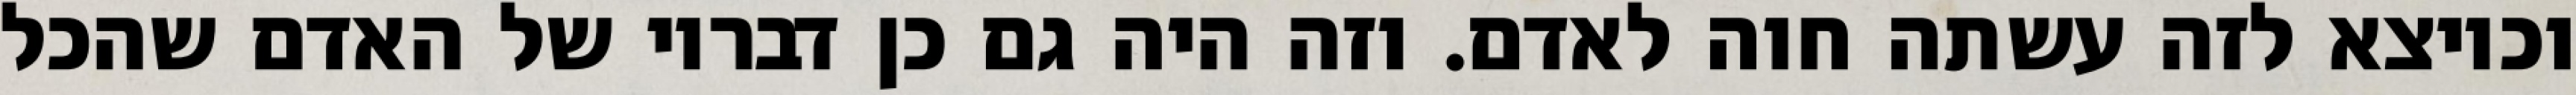
וכיוצא לזה עשתה חוה לאדם. וזה היה גם כן דבריו של האדם שהכל